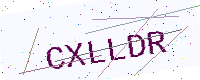
Text: CXLLDR